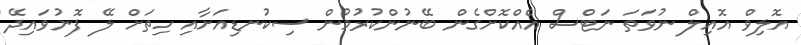
އޮލިވް އޮއިލް ނުވަތަ ނަޓްސް އެއްކޮށްގެން ބޭނުންކުރުމުން ސިކުނޑިއަށާއި ހިތަށް ލޭ ފޮނުވައިދޭ